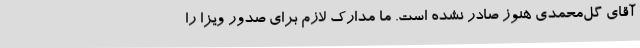
آقای گل‌محمدی هنوز صادر نشده است. ما مدارک لازم برای صدور ویزا را